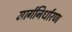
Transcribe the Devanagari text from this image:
मार्गनिर्धारण